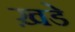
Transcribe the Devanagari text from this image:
ख़डे